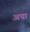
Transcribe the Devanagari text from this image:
अपां